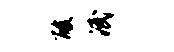
酸泯